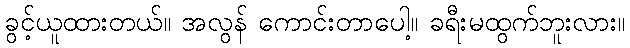
ခွင့်ယူထားတယ်။ အလွန် ကောင်းတာပေါ့။ ခရီးမထွက်ဘူးလား။